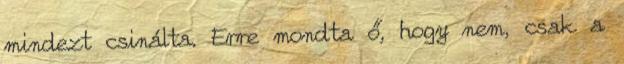
mindezt csinálta. Erre mondta ő, hogy nem, csak a